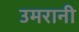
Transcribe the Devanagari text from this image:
उमरानी